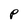
Character: P